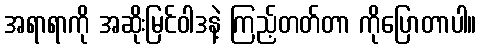
အရာရာကို အဆိုးမြင်ဝါဒနဲ့ ကြည့်တတ်တာ ကိုပြောတာပါ။